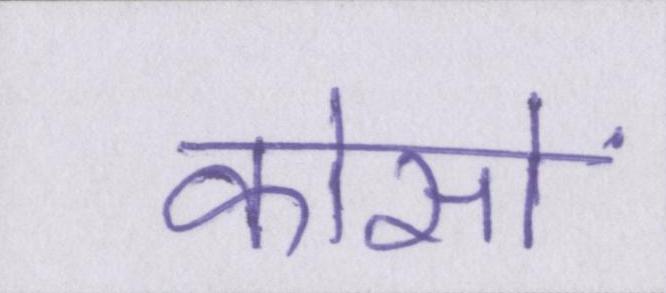
कोसों